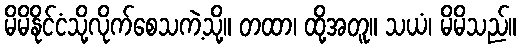
မိမိနိုင်ငံသို့လိုက်စေသကဲ့သို့။ တထာ၊ ထို့အတူ။ သယံ၊ မိမိသည်။